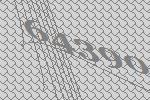
64390